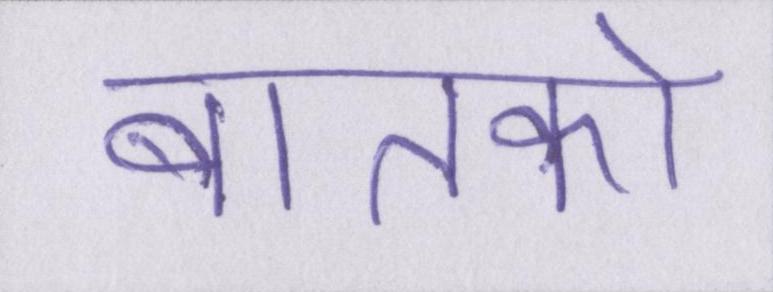
बातको